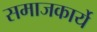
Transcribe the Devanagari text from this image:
समाजकार्ये